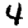
Digit: 4